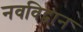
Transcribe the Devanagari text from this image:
नवविद्वान